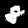
Label: 8